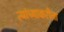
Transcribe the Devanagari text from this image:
त्यांच्याकरीता